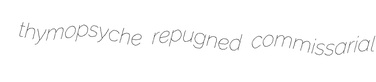
thymopsyche repugned commissarial